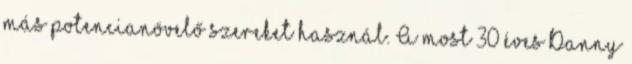
más potencianövelő szereket használ. A most 30 éves Danny